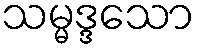
သမ္မဒ္ဒသော